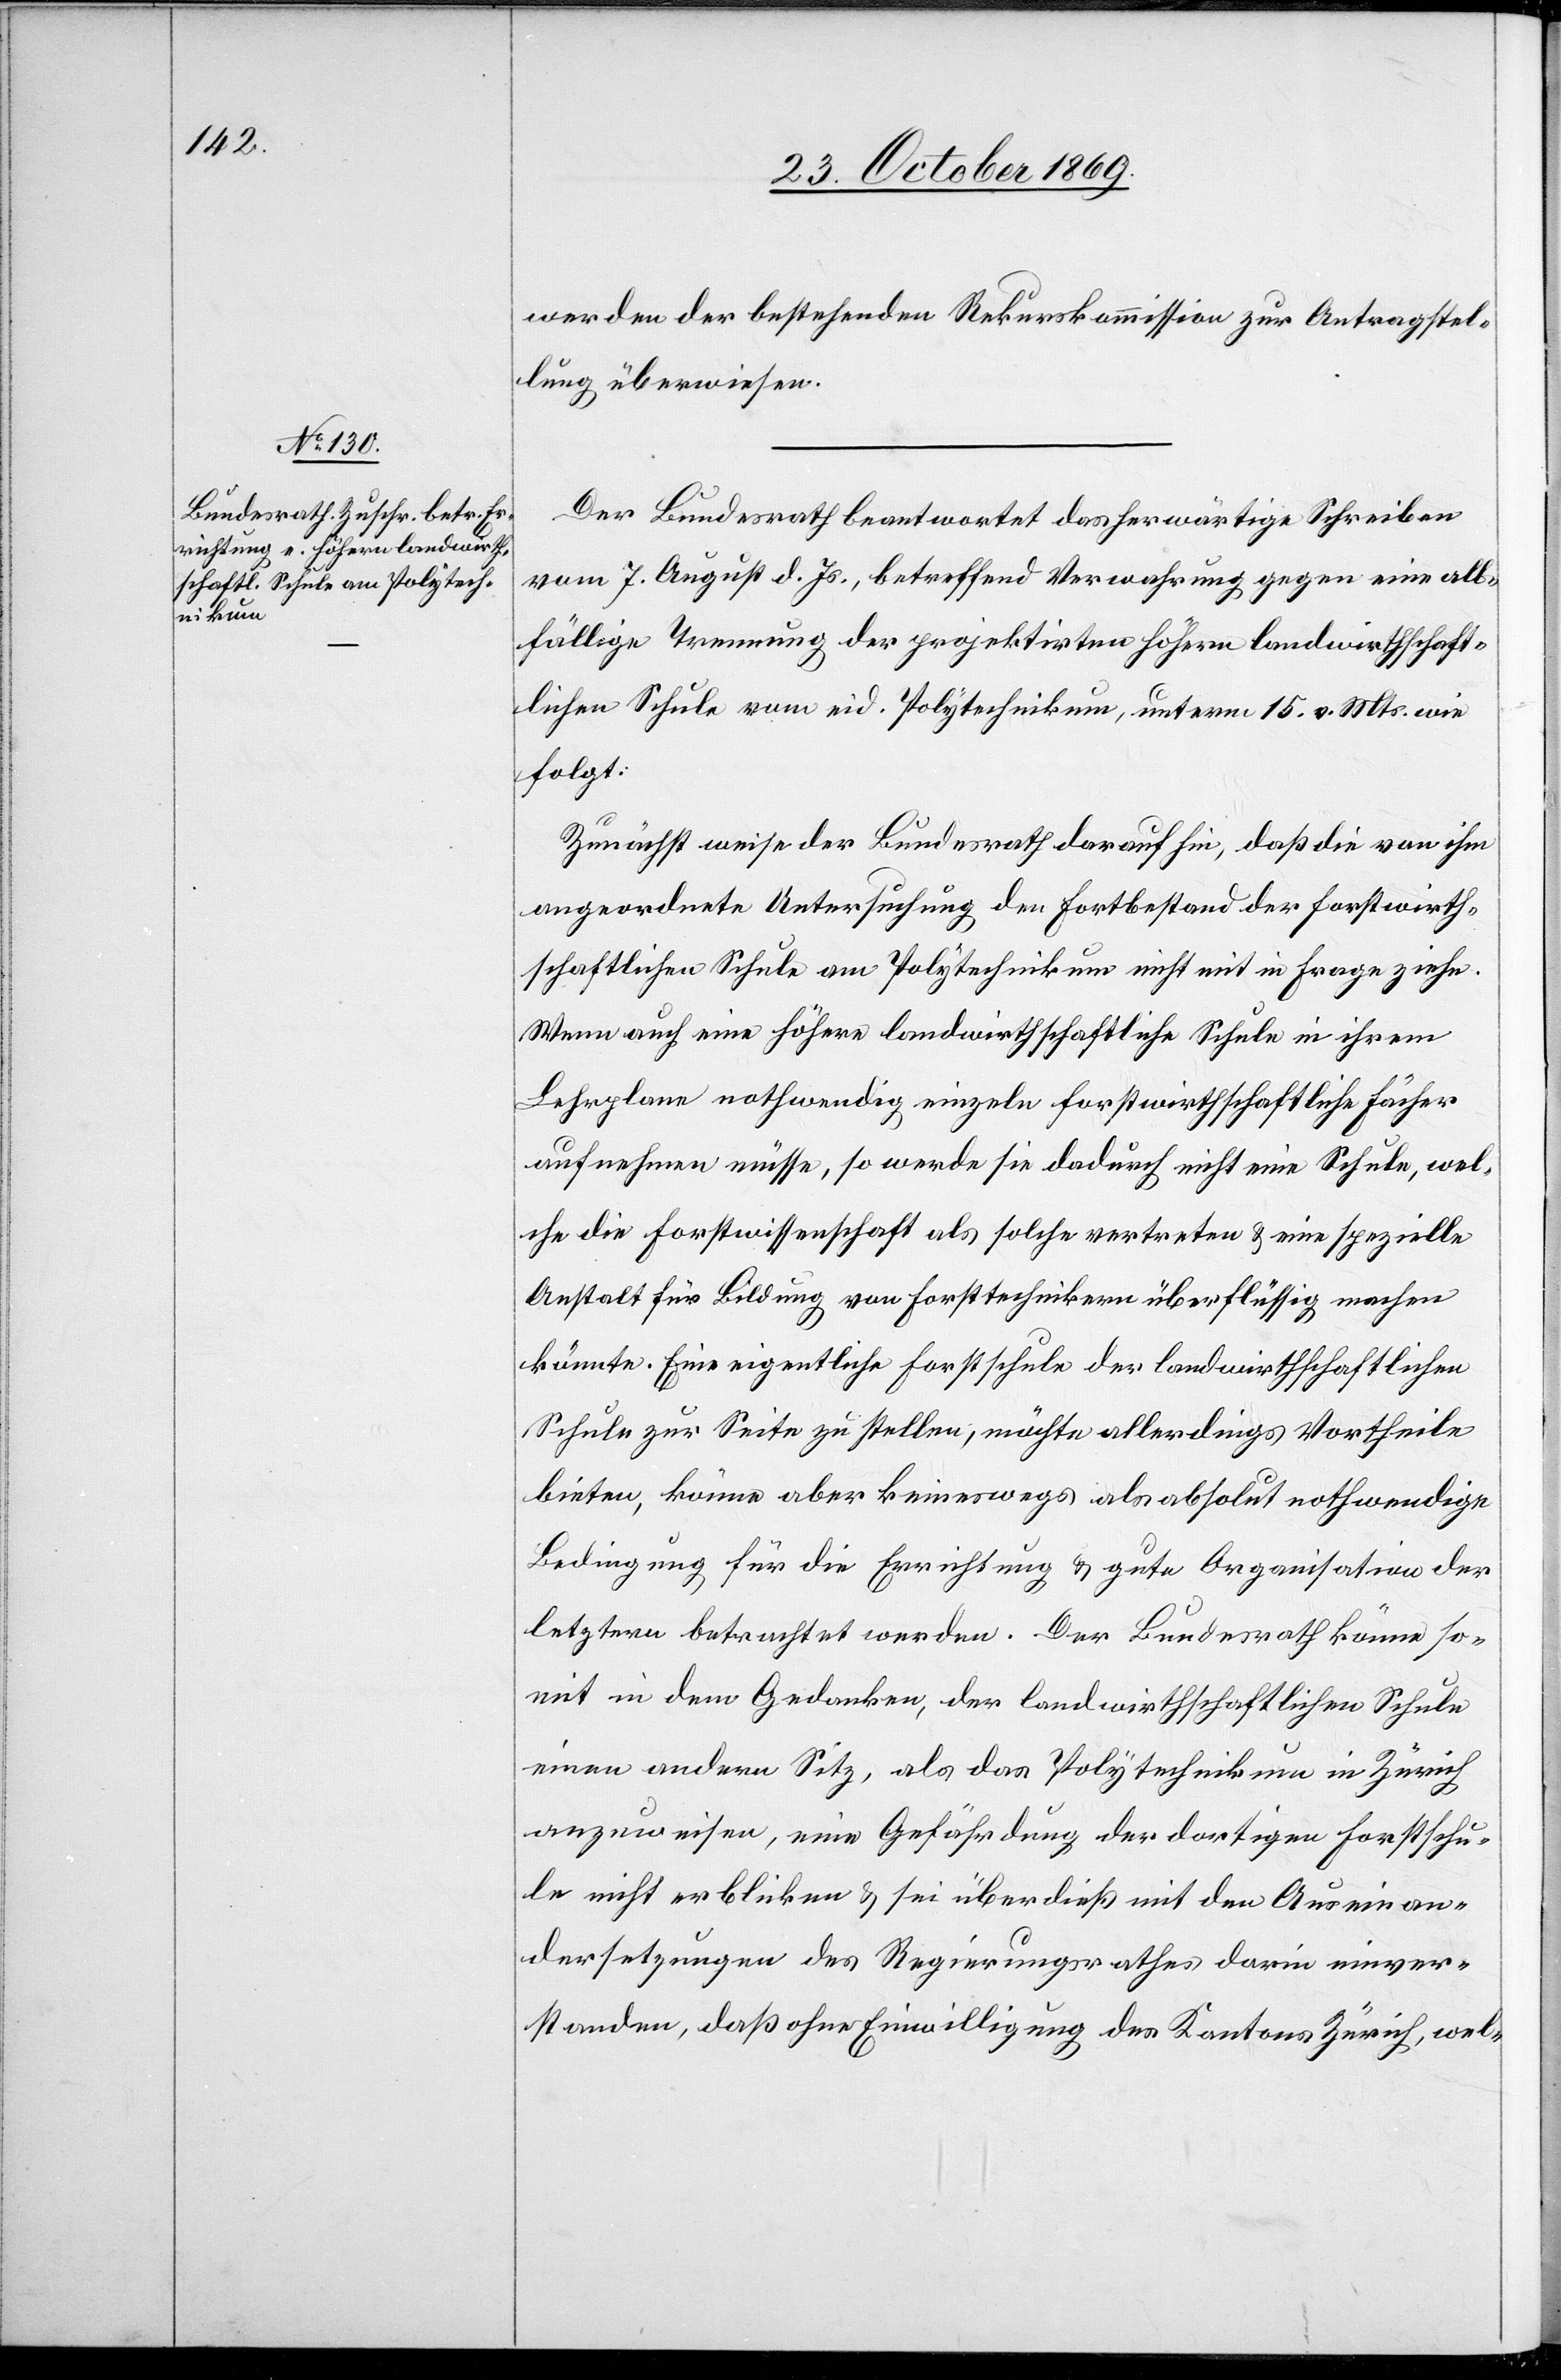
werden der bestehenden Rekurskommission zur Antragstel¬
lung überwiesen.
Der Bundesrath beantwortet das herwärtige Schreiben
vom 7. August d. Js., betreffend Verwahrung gegen eine all¬
fällige Trennung der projektirten höhern landwirthschaft¬
lichen Schule vom eid. Polytechnikum, unterm 15. v. Mts. wie
folgt:
Zunächst weise der Bundesrath darauf hin, daß die von ihm
angeordnete Untersuchung den Fortbestand der forstwirth¬
schaftlichen Schule am Polytechnikum nicht mit in Frage ziehe.
Wenn auch eine höhere landwirthschaftliche Schule in ihrem
Lehrplane nothwendig einzeln forstwirthschaftliche Fächer
aufnehmen müsse, so werde sie dadurch nicht eine Schule, wel¬
che die Forstwissenschaft als solche vertreten & eine spezielle
Anstalt für Bildung von Forsttechnikern überflüssig machen
könnte. Eine eigentliche Forstschule der landwirthschaftlichen
Schule zur Seite zu stellen, möchte allerdings Vortheile
bieten, könne aber keineswegs als absolut nothwendige
Bedingung für die Errichtung & gute Organisation der
letztern betrachtet werden. Der Bundesrath könne so¬
mit in dem Gedanken, der landwirthschaftlichen Schule
einen andern Sitz, als das Polytechnikum in Zürich
anzuweisen, eine Gefährdung der dortigen Forstschu¬
le nicht erblicken & sei überdieß mit den Auseinan¬
dersetzungen des Regierungsrathes darin einver¬
standen, daß ohne Einwilligung des Kantons Zürich, wel-